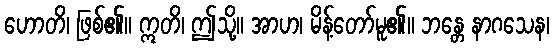
ဟောတိ၊ ဖြစ်၏။ ဣတိ၊ ဤသို့။ အာဟ၊ မိန့်တော်မူ၏။ ဘန္တေ နာဂသေန၊